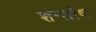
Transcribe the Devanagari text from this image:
शन्तोष